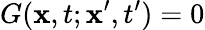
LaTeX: G(\mathbf{x},t;\mathbf{x}^{\prime},t^{\prime})=0